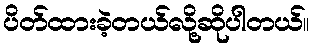
ပိတ်ထားခဲ့တယ်လို့ဆိုပါတယ်။